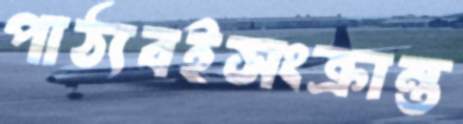
পাঠ্যবইসংক্রান্ত